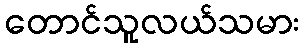
တောင်သူလယ်သမား